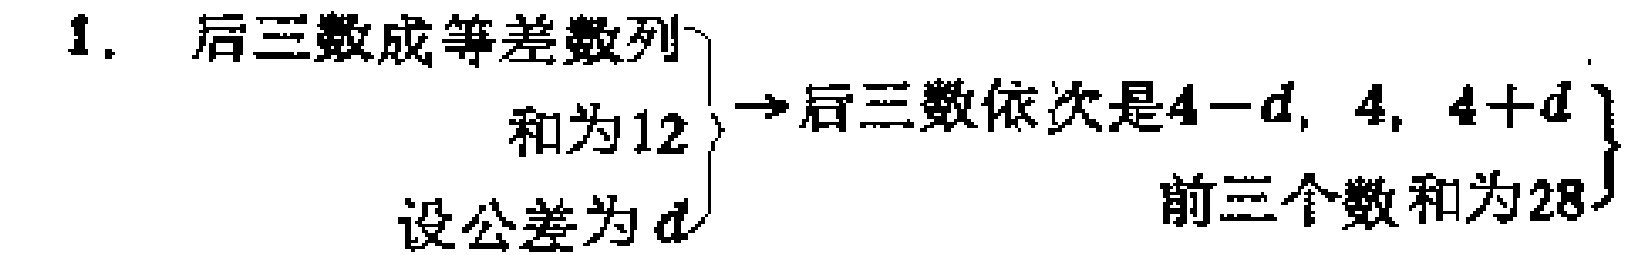
1. 后三数成等差数列
和为12 $\rightarrow$ 后三数依次是$4 - d$, $4$, $4 + d$
设公差为$d$  前三个数和为28